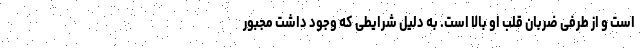
است و از طرفی ضربان قلب او بالا است. به دلیل شرایطی که وجود داشت مجبور